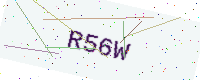
Text: R56W